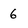
Character: 6